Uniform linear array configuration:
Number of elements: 48
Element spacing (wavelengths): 0.5
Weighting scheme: uniform
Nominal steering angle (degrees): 30
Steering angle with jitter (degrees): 30.164
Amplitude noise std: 0.05
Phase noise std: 0.05

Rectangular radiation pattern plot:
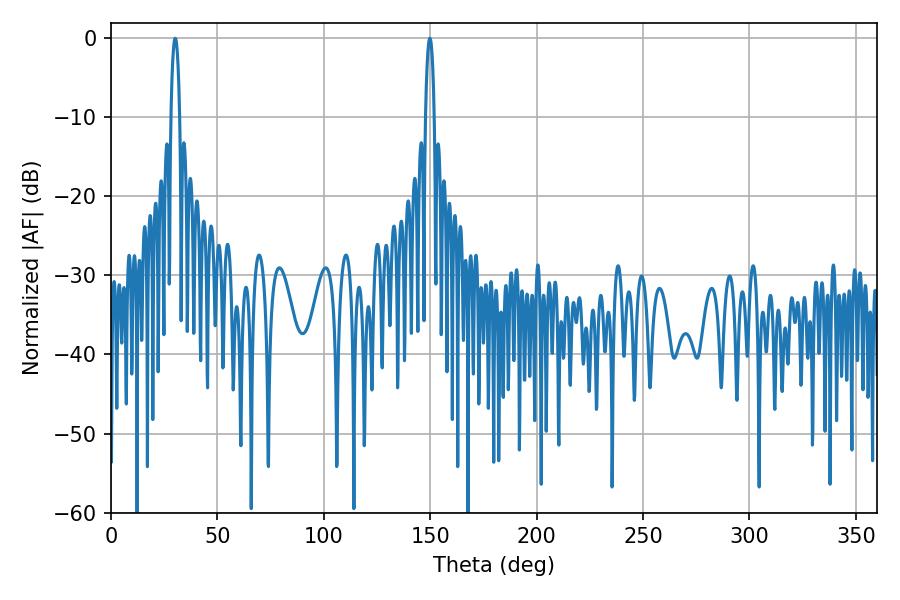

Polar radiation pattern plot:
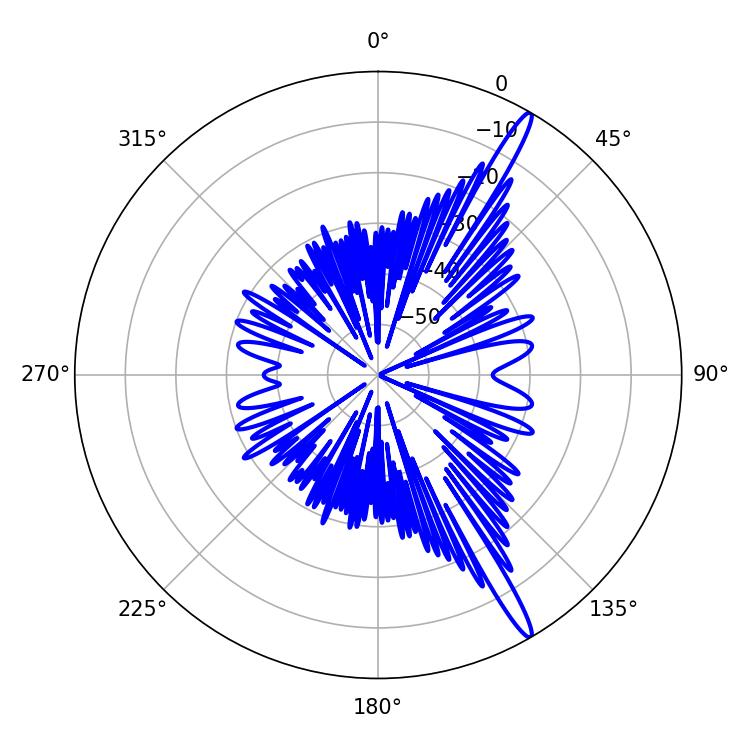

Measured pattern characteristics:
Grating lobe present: FALSE
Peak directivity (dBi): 16.167
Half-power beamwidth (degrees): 2.34
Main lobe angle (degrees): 30.24